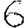
Digit: 6